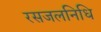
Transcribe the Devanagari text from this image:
रसजलनिधि